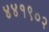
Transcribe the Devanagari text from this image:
४४१९०२